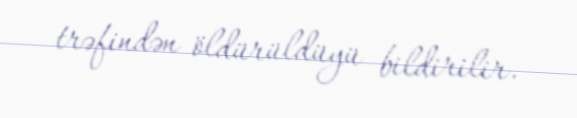
trəfindən öldürüldüyü bildirilir.